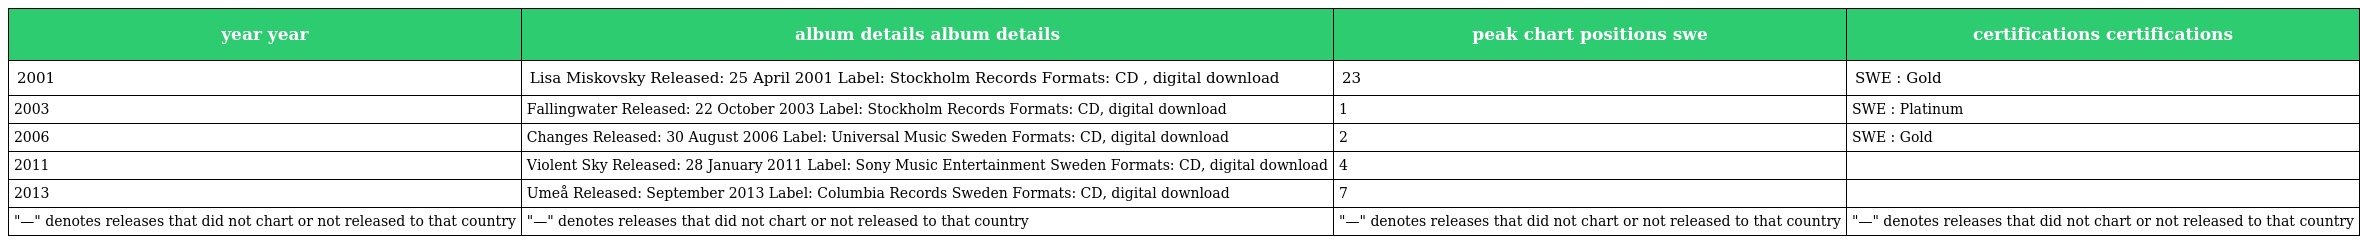
| year year | album details album details | peak chart positions swe | certifications certifications |
 | --- | --- | --- | --- |
 | 2001 | Lisa Miskovsky Released: 25 April 2001 Label: Stockholm Records Formats: CD , digital download | 23 | SWE : Gold |
 | 2003 | Fallingwater Released: 22 October 2003 Label: Stockholm Records Formats: CD, digital download | 1 | SWE : Platinum |
 | 2006 | Changes Released: 30 August 2006 Label: Universal Music Sweden Formats: CD, digital download | 2 | SWE : Gold |
 | 2011 | Violent Sky Released: 28 January 2011 Label: Sony Music Entertainment Sweden Formats: CD, digital download | 4 |  |
 | 2013 | Umeå Released: September 2013 Label: Columbia Records Sweden Formats: CD, digital download | 7 |  |
 | "—" denotes releases that did not chart or not released to that country | "—" denotes releases that did not chart or not released to that country | "—" denotes releases that did not chart or not released to that country | "—" denotes releases that did not chart or not released to that country |